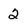
Character: 2